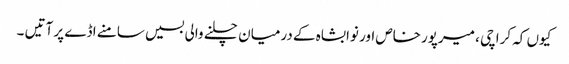
کیوں کہ کراچی ، میرپورخاص اور نوابشاہ کے درمیان چلنے والی بسیں سامنے اڈے پر آتیں ۔